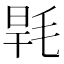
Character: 𣭸